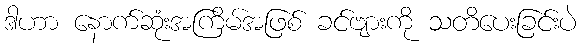
ဒါဟာ နောက်ဆုံးအကြိမ်အဖြစ် ခင်ဗျားကို သတိပေးခြင်းပဲ